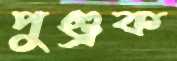
পুণ্ড্রক